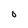
Character: 0